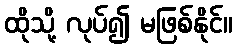
ထိုသို့ လုပ်၍ မဖြစ်နိုင်။